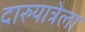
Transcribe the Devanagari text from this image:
दारुयात्रेला